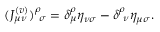
( J _ { \mu \nu } ^ { ( v ) } ) _ { \ \sigma } ^ { \rho } = \delta _ { \mu } ^ { \rho } \eta _ { \nu \sigma } - \delta _ { \ \nu } ^ { \rho } \eta _ { \mu \sigma } .